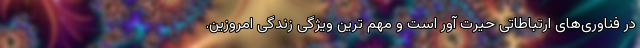
در فناوری‌های ارتباطاتی حیرت آور است و مهم ترین ویژگی زندگی امروزین.